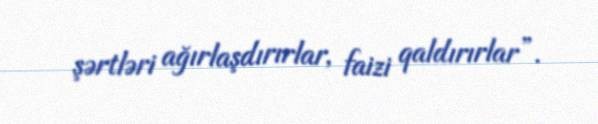
şərtləri ağırlaşdırırlar, faizi qaldırırlar”.